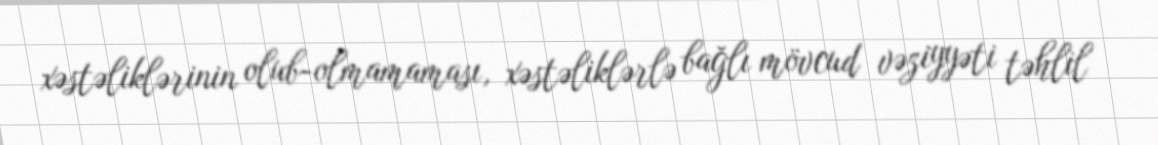
xəstəliklərinin olub-olmamaması, xəstəliklərlə bağlı mövcud vəziyyəti təhlil